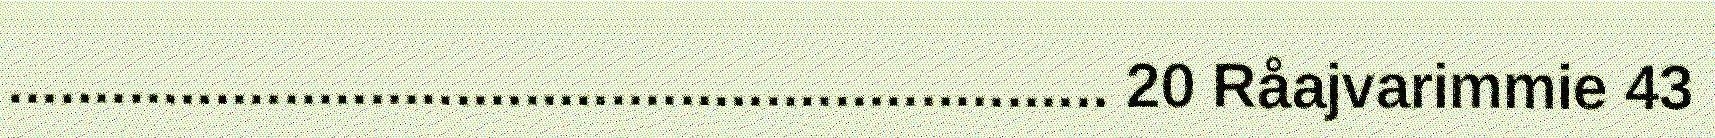
................................................................ 20 Råajvarimmie 43